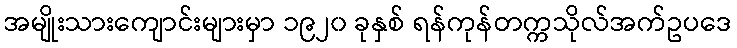
အမျိုးသားကျောင်းများမှာ ၁၉၂၀ ခုနှစ် ရန်ကုန်တက္ကသိုလ်အက်ဥပဒေ